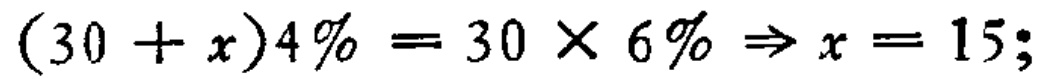
\((30 + x)4\% = 30\times 6\% \Rightarrow x = 15;\)